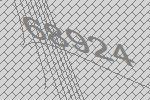
68924